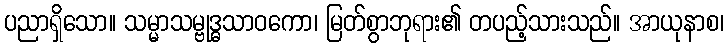
ပညာရှိသော။ သမ္မာသမ္ဗုဒ္ဓသာဝကော၊ မြတ်စွာဘုရား၏ တပည့်သားသည်။ အာယုနာစ၊